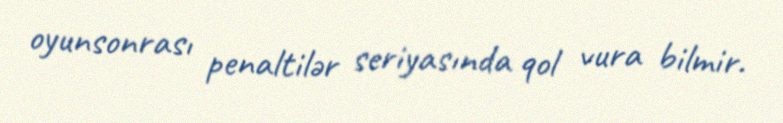
oyunsonrası penaltilər seriyasında qol vura bilmir.